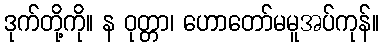
ဒုက်တို့ကို။ န ဝုတ္တာ၊ ဟောတော်မမူအပ်ကုန်။